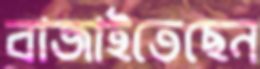
বাজাইতেছেন